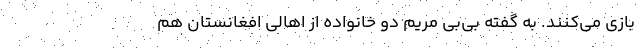
بازی می‌کنند. به گفته بی‌بی مریم دو خانواده از اهالی افغانستان هم